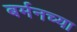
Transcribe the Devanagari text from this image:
बर्मनच्या